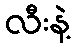
လီးနဲ့